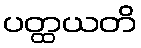
ပတ္ထယတိ